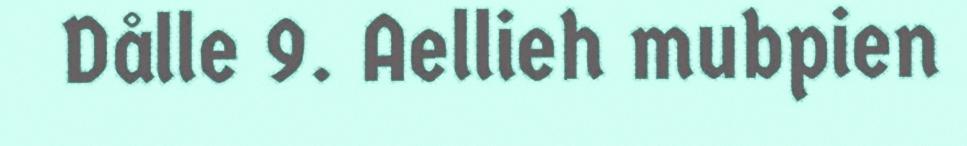
Dålle 9. Aellieh mubpien